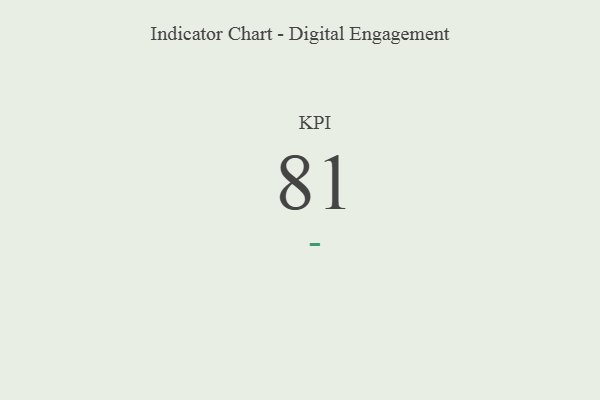
{"axis": {"x": "KPI", "y": "Value"}, "legend": [""], "data": [{"x": "KPI", "y": 81, "type": ""}]}